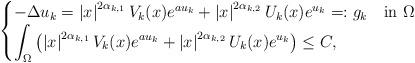
LaTeX: \begin{align*}\begin{cases}-\Delta u_k=\left|x\right|^{2\alpha_{k,1}}V_{k}(x)e^{au_k}+\left|x\right|^{2\alpha_{k,2}}U_{k}(x)e^{u_k}=:g_k\quad\mbox{in }\Omega\\\displaystyle{\int_{\Omega}\left(\left|x\right|^{2\alpha_{k,1}}V_{k}(x)e^{au_k}+\left|x\right|^{2\alpha_{k,2}}U_{k}(x)e^{u_k}\right)}\leq C,\end{cases}\end{align*}